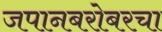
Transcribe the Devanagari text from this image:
जपानबरोबरचा